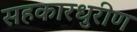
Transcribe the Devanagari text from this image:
सहकारधुरीण